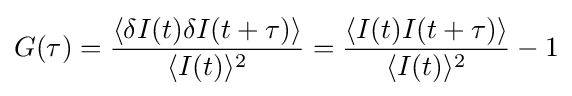
G(\tau )={\frac {\langle \delta I(t)\delta I(t+\tau )\rangle }{\langle I(t)\rangle ^{2}}}={\frac {\langle I(t)I(t+\tau )\rangle }{\langle I(t)\rangle ^{2}}}-1